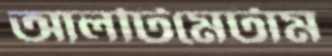
আলটিমেটাম